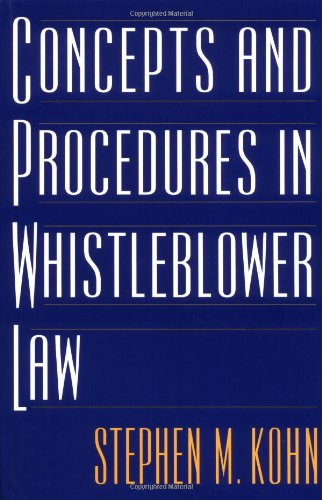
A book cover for Concepts and Procedures in Whistleblower Law; Stephen Kohn; Business & Money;